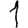
Digit: 1